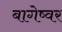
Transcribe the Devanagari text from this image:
बागेष्वर